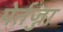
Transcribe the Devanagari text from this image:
पेर्तज्जा